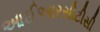
આઈઆરસીટીસી